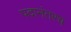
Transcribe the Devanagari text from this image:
पदानंतरच